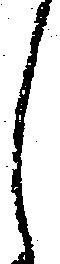
し